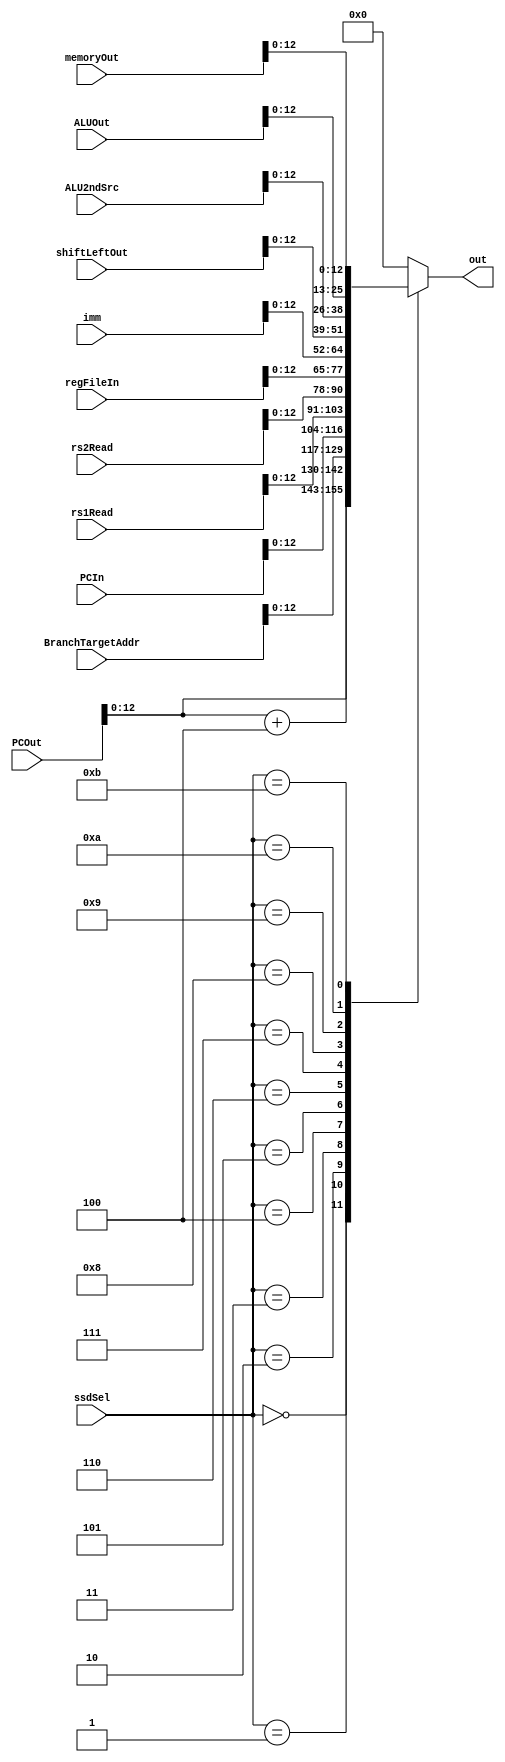
module Test13BitOut( 
        input [31:0] PCOut,
        input [31:0] BranchTargetAddr,
        input [31:0] PCIn,
        input [31:0] rs1Read,
        input [31:0] rs2Read,
        input [31:0] regFileIn,
        input [31:0] imm,
        input [31:0] shiftLeftOut,
        input [31:0] ALU2ndSrc,
        input [31:0] ALUOut,
        input [31:0] memoryOut,
        input [3:0] ssdSel,
        output reg [12:0] out);



always @(*)begin
    case(ssdSel)  
        4'b0000:out=PCOut; 
        4'b0001:out=(PCOut + 3'b100);//PC +4
        4'b0010:out=BranchTargetAddr; 
        4'b0011:out=PCIn;
        4'b0100:out=rs1Read;
        4'b0101:out=rs2Read;
        4'b0110:out=regFileIn;
        4'b0111:out=imm;
        4'b1000:out=shiftLeftOut;
        4'b1001:out=ALU2ndSrc;
        4'b1010:out=ALUOut;
        4'b1011:out=memoryOut;
        default: out=13'b0;
    endcase

end
    
endmodule